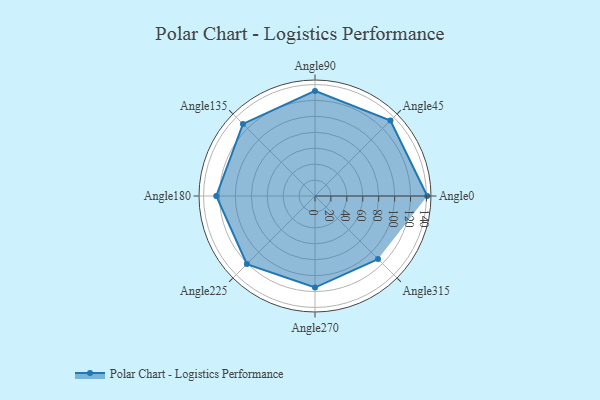
{"axis": {"x": "Angle", "y": "Radius"}, "legend": [""], "data": [{"x": "Angle0", "y": 141.0, "type": ""}, {"x": "Angle45", "y": 134.0, "type": ""}, {"x": "Angle90", "y": 132.0, "type": ""}, {"x": "Angle135", "y": 128.0, "type": ""}, {"x": "Angle180", "y": 124.0, "type": ""}, {"x": "Angle225", "y": 121.0, "type": ""}, {"x": "Angle270", "y": 115.0, "type": ""}, {"x": "Angle315", "y": 112.0, "type": ""}]}